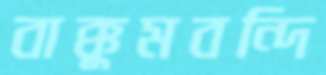
বাক্কুমবন্দি